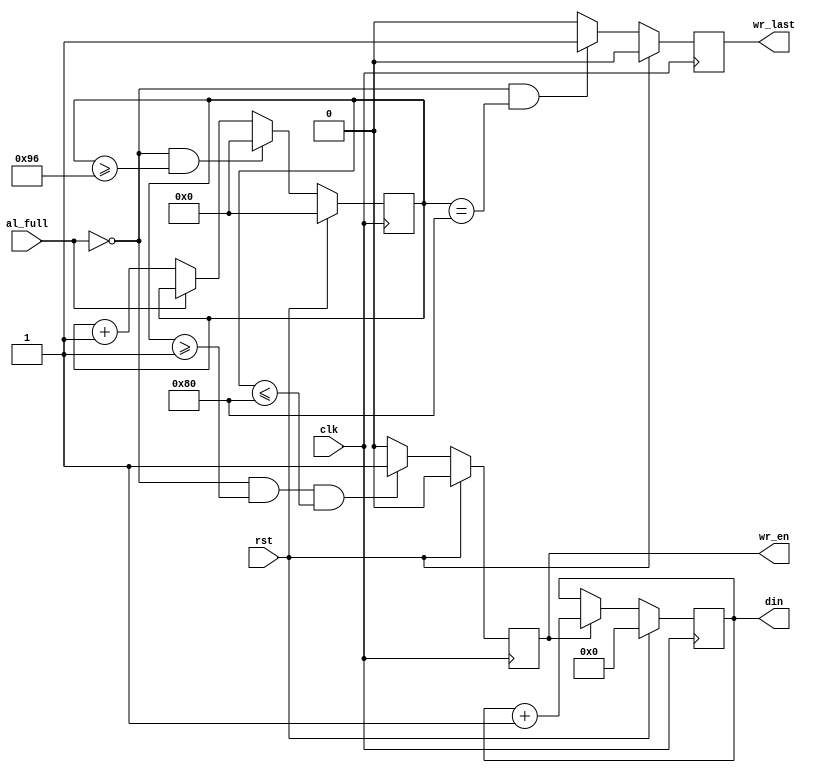
//+----------------------------------STAR_THEAD---------------------------------------
//--            ******************************************                      
//--            ** Copyright (C) 2017, ucas, Inc. **                      
//--            ** All Rights Reserved.                 **                      
//--            ******************************************                      
//------------------------------------------------------------------------------
//-- Module Name     :    fifo2tuser
//-- Description     :    Interface                                             
//-- Revision history:                                                          
//     Date               Author       Description                              
//     2017-11-04 10:49   shuangchao.lv   Initialize code
//-----------------------------------END_THEAD----------------------------------------
`timescale 1ns/100ps
module data_gen(/*autoarg*/
    //Inputs
    clk, rst, al_full, 

    //Outputs
    din, wr_en, wr_last);
//1K allign
parameter                   DATA_OFFSET = 0;
input 	                    clk;
input 	                    rst;  
input                       al_full;
output[127:0]                din;
output                      wr_en;
output                      wr_last;

reg[127:0]                din_buf;
reg                      wr_en;

reg[63:0]  cnt;
reg        wr_last;
always@(posedge clk)
	if(rst)
		cnt<= 0;
	else if((!al_full) && (cnt >= 150))
		cnt <= 0;
	else if(!al_full)
		cnt <= cnt + 1;

always@(posedge clk)
	if(rst)
		wr_en <= 0;
	else if((!al_full) && (cnt >= 1) && (cnt <= 128))
		wr_en <= 1;
	else 
	  wr_en <= 0;

always@(posedge clk)
	if(rst)
		wr_last <= 0;
	else if((!al_full) && (cnt == 128))
		wr_last <= 1;
	else 
	  wr_last <= 0;

always@(posedge clk)
	if(rst)
		din_buf <= {DATA_OFFSET,96'h0};
	else if(wr_en) 
		din_buf <= din_buf + 1;

//assign din = {din_buf[39:32],din_buf[47:40],din_buf[55:48],din_buf[63:56],din_buf[7:0],din_buf[15:8],din_buf[23:16],din_buf[31:24]};
//  assign din = {din_buf[31:24],din_buf[23:16],din_buf[15:8],din_buf[7:0],din_buf[63:56],din_buf[55:48],din_buf[47:40],din_buf[39:32]};
assign din = {din_buf};







endmodule